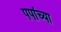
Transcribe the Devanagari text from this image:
पपांच्या